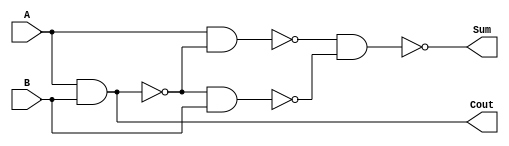
`timescale 1ns / 1ps

module HalfAdd(Cout, Sum, A, B);

input A, B;

output Cout, Sum;

wire S1, S2, S3;  
nand NANDA (S3, A, B);  
nand NANDB (S1, A, S3);  
nand NANDC (S2, S3, B);  
nand NANDD (Sum, S1, S2);  
nand NANDCout(Cout, S3, S3); 

endmodule